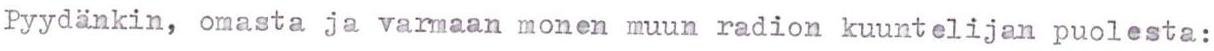
Pyydänkin, omasta ja varmaan monen muun radion kuuntelijan puolesta: